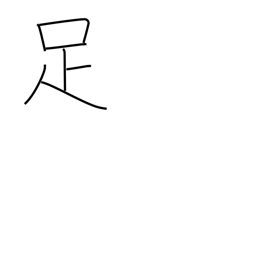
Meaning: be sufficient